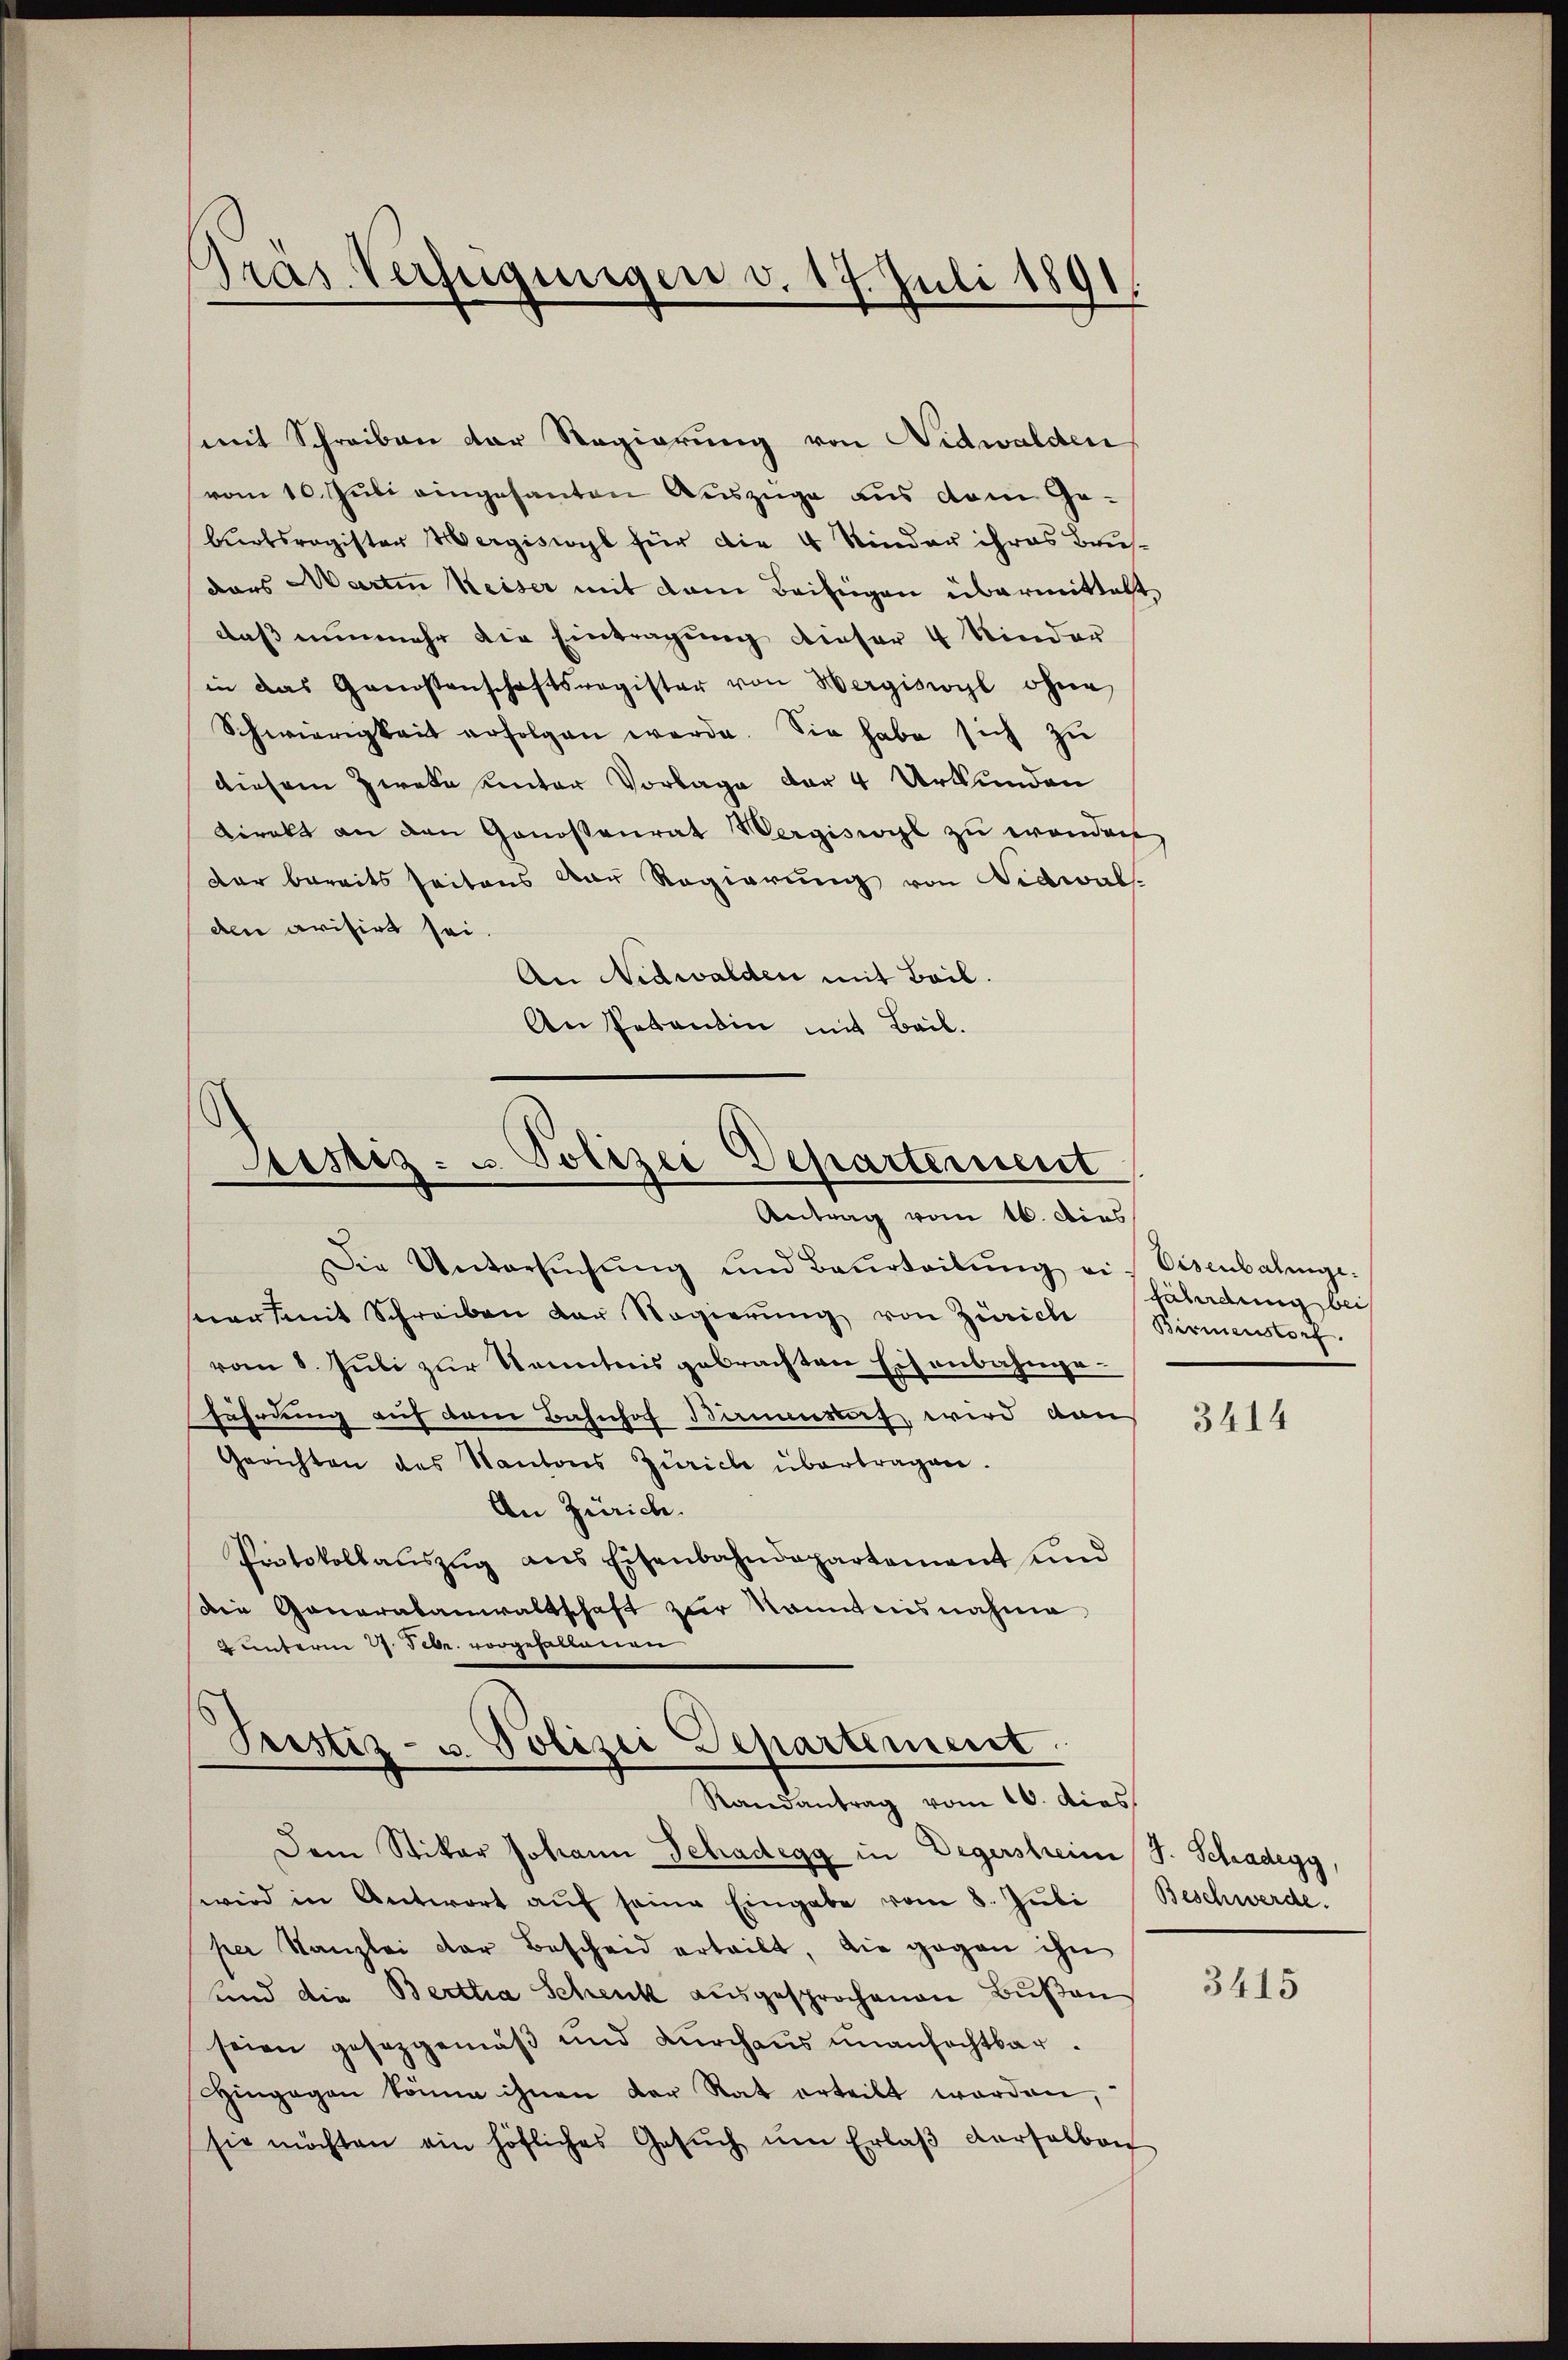
Präs. Verfügungen v. 17. Juli 1891.

mit Schreiben der Regierung von Nidwalden
vom 10. Juli eingesanten Auszüge aus dem Geburtsregister Hergiswyl für die 4 Kinder ihres Brusdas Martin Keiser mit dem Beisingen übermittelt
daß nunmehr die Eintragung dieser 4 Kinder
in das Genossenschaftsregister von Hergiswyl ohne
Schwierigkeit erfolgen werde. Sie habe sich zŭ
diesem Zwecke unter Vorlage der 4 Urkunden
direkt an den Genossenrat Wergiswyl zu wanden,
der bereits seitens der Regierung von Nidwal
den crisirt sei.
An Nidwalden mit Beil.
An Petentin mit Beil.

Justiz- u. Polizei Departement
Antrag vom 16. Dies

Die Untersŭchŭng und Beurteilŭng ein Eisenbahnge-
armit Schreiben der Regierŭng von Zürich
vom 8. Juli zur Kenntnis gebrachten Eisenbahngefährdung auf dem Bahnhof Bauestorf wird dann
Gerichten des Kantons Zürich übertragen.
An Zürich.
Protokollaŭszŭg ans Eisenbahndepartement und
Die Ganaratanwaltschaft zur Nanntnisnahme
2 unterm 27. Febr. vorgehaltenen
Pristiz- u. Polizei Departement
Randantrag vom 10. dies
Dem Stikar Johann Schadegg in Degersheim J. Schadegg,
wird in Antwort aŭf seine Eingabe vom 8. Juli
per Kanzlei der Bescheid erteilt, die gegen ihn
und die Berttia Schenk ausgesprochenen Bußen
seien gesetzgemäβ und durchaus unanfechtbar.
Hingegen könne ihnen der Rat erteilt worden,
sie möchten ein höfliches Gesŭch ŭm Erlaβ verselben

fährdung bei
Birmenstorf.

3414

Beschwerde.

3415